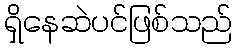
ရှိနေဆဲပင်ဖြစ်သည်